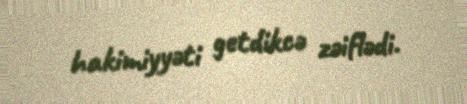
hakimiyyəti getdikcə zəiflədi.